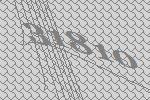
31810